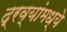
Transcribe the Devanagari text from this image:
द्रव्यांमध्ये